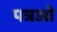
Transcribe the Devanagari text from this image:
पत्रओ